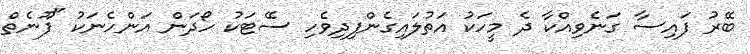
ބޭރު ފައިސާ ގަނެވިއްކާ ދެ މީހަކު އަތުލައިގެންފިދިވެހި ސޭޓަކު ހޯދަން އަންހެނަކު "ފޫނެތް